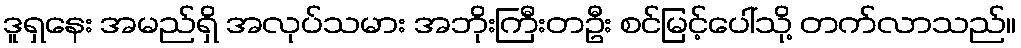
ဒူရှနေး အမည်ရှိ အလုပ်သမား အဘိုးကြီးတဦး စင်မြင့်ပေါ်သို့ တက်လာသည်။